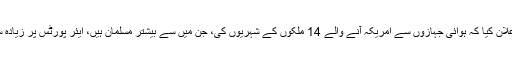
جنوری میں اوباما انتظامیہ نے اعلان کیا کہ ہوائی جہازوں سے امریکہ آنے والے 14 ملکوں کے شہریوں کی، جن میں سے بیشتر مسلمان ہیں، ایئر پورٹس پر زیادہ سختی سے چیکنگ کی جائے گی۔